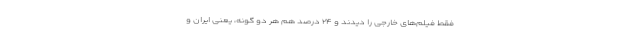
فقط فیلم‌های خارجی را دیدند و ۲۴ درصد هم هر دو گونه، یعنی ایران و